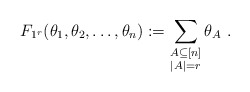
\begin{align*}F_{1^r}(\theta_1, \theta_2, \ldots, \theta_n) := \sum_{\substack{A \subseteq [n]\\|A|=r}} \theta_A~.\end{align*}